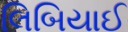
લિબિયાઈ